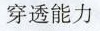
穿透能力